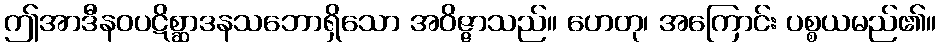
ဤအာဒီနဝပဋိစ္ဆာဒနသဘောရှိသော အဝိဇ္ဇာသည်။ ဟေတု၊ အကြောင်း ပစ္စယမည်၏။